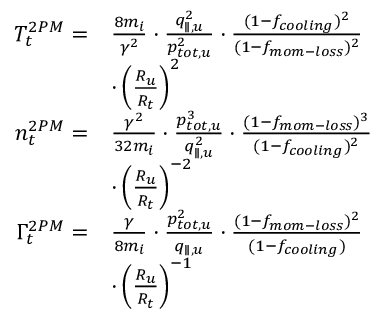
\begin{array} { r l } { T _ { t } ^ { 2 P M } = } & { \frac { 8 m _ { i } } { \gamma ^ { 2 } } \cdot \frac { q _ { \parallel , u } ^ { 2 } } { p _ { t o t , u } ^ { 2 } } \cdot \frac { ( 1 - f _ { c o o l i n g } ) ^ { 2 } } { ( 1 - f _ { m o m - l o s s } ) ^ { 2 } } } \\ & { \cdot \left( \frac { R _ { u } } { R _ { t } } \right) ^ { 2 } } \\ { n _ { t } ^ { 2 P M } = } & { \frac { \gamma ^ { 2 } } { 3 2 m _ { i } } \cdot \frac { p _ { t o t , u } ^ { 3 } } { q _ { \parallel , u } ^ { 2 } } \cdot \frac { ( 1 - f _ { m o m - l o s s } ) ^ { 3 } } { ( 1 - f _ { c o o l i n g } ) ^ { 2 } } } \\ & { \cdot \left( \frac { R _ { u } } { R _ { t } } \right) ^ { - 2 } } \\ { \Gamma _ { t } ^ { 2 P M } = } & { \frac { \gamma } { 8 m _ { i } } \cdot \frac { p _ { t o t , u } ^ { 2 } } { q _ { \parallel , u } } \cdot \frac { ( 1 - f _ { m o m - l o s s } ) ^ { 2 } } { ( 1 - f _ { c o o l i n g } ) } } \\ & { \cdot \left( \frac { R _ { u } } { R _ { t } } \right) ^ { - 1 } } \end{array}